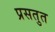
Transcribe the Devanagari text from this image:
प्रसतुत